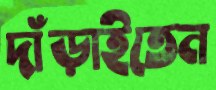
দাঁড়াইতেন